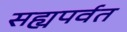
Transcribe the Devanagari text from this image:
सह्यपर्वत